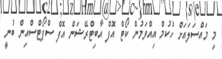
މި މައްސަލައަށް ހުކުމް އިއްވަމުން ކޯޓް އޮފް އާބިޓްރޭޝަން އޮފް ސްޕޯޓްސްއިން ބުނީ